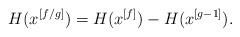
LaTeX: \begin{align*}H(x^{[f/g]})=H(x^{[f]})-H(x^{[g-1]}).\end{align*}